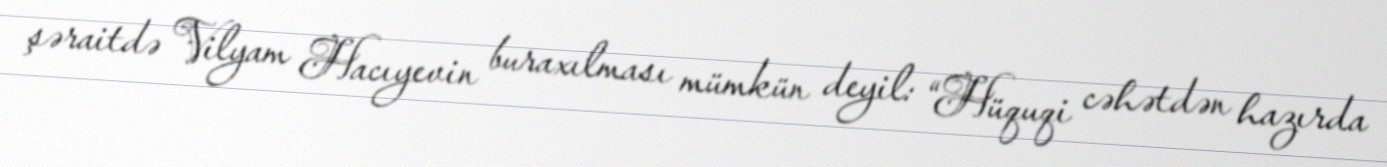
şəraitdə Vilyam Hacıyevin buraxılması mümkün deyil: “Hüquqi cəhətdən hazırda